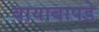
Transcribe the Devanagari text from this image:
बायाबापडे